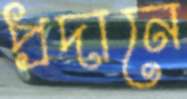
প্রদানে